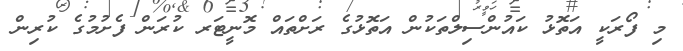
މި ފޯރަކީ އަތޮޅު ކައުންސިލްތަކުން އަތޮޅުގެ ރަށްތައް މޮނީޓަރ ކުރަން ފެށުމުގެ ކުރިން